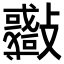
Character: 𣀨